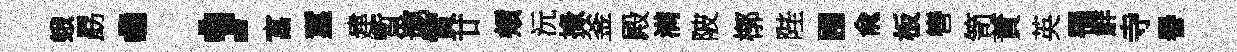
蛾勗；富璽建暫遨實廿頰沅掾釜殿满陂槨陛圃兪板轡笥蕡英罹觧寺譽